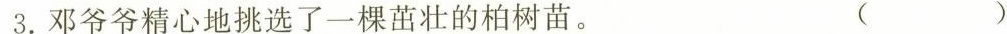
3.邓爷爷精心地挑选了一颗茁壮的柏树苗。 （ ）